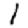
Digit: 1